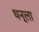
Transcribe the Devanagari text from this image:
धनूला